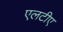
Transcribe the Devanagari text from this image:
एलटीए